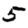
Digit: 5